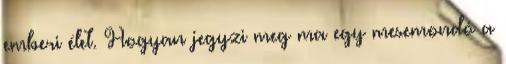
emberi élet. Hogyan jegyzi meg ma egy mesemondó a